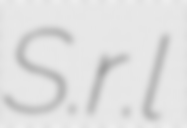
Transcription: S.r.l